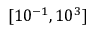
[ 1 0 ^ { - 1 } , 1 0 ^ { 3 } ]